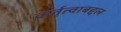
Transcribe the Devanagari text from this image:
कर्तृत्वाबद्दल